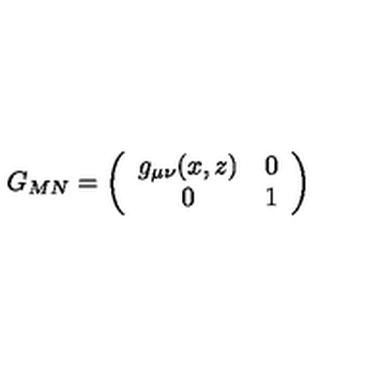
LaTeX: G _ { M N } = \left( \begin{array} { c c } { g _ { \mu \nu } ( x , z ) } & { 0 } \\ { 0 } & { 1 } \\ \end{array} \right)